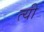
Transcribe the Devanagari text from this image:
त्यी